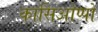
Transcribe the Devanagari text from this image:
कासिओप्पो